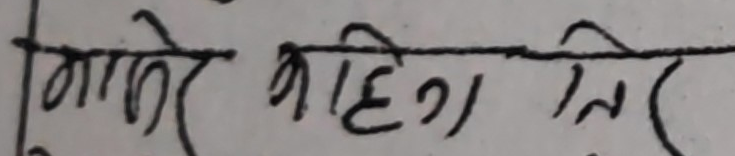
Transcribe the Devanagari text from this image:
मातेर कहीं तिरे